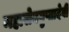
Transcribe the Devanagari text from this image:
महासेनगुप्तादेवी